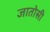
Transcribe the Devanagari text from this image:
जातोसी